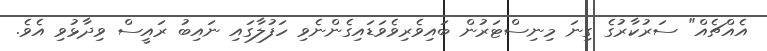
އެއްޗެއް" ސަރުކާރުގެ ގިނަ މިނިސްޓަރުން ބައިވެރިވެވަޑައިގެންނެވި ހަފުލާގައި ނައިބު ރައީސް ވިދާޅުވި އެވެ.